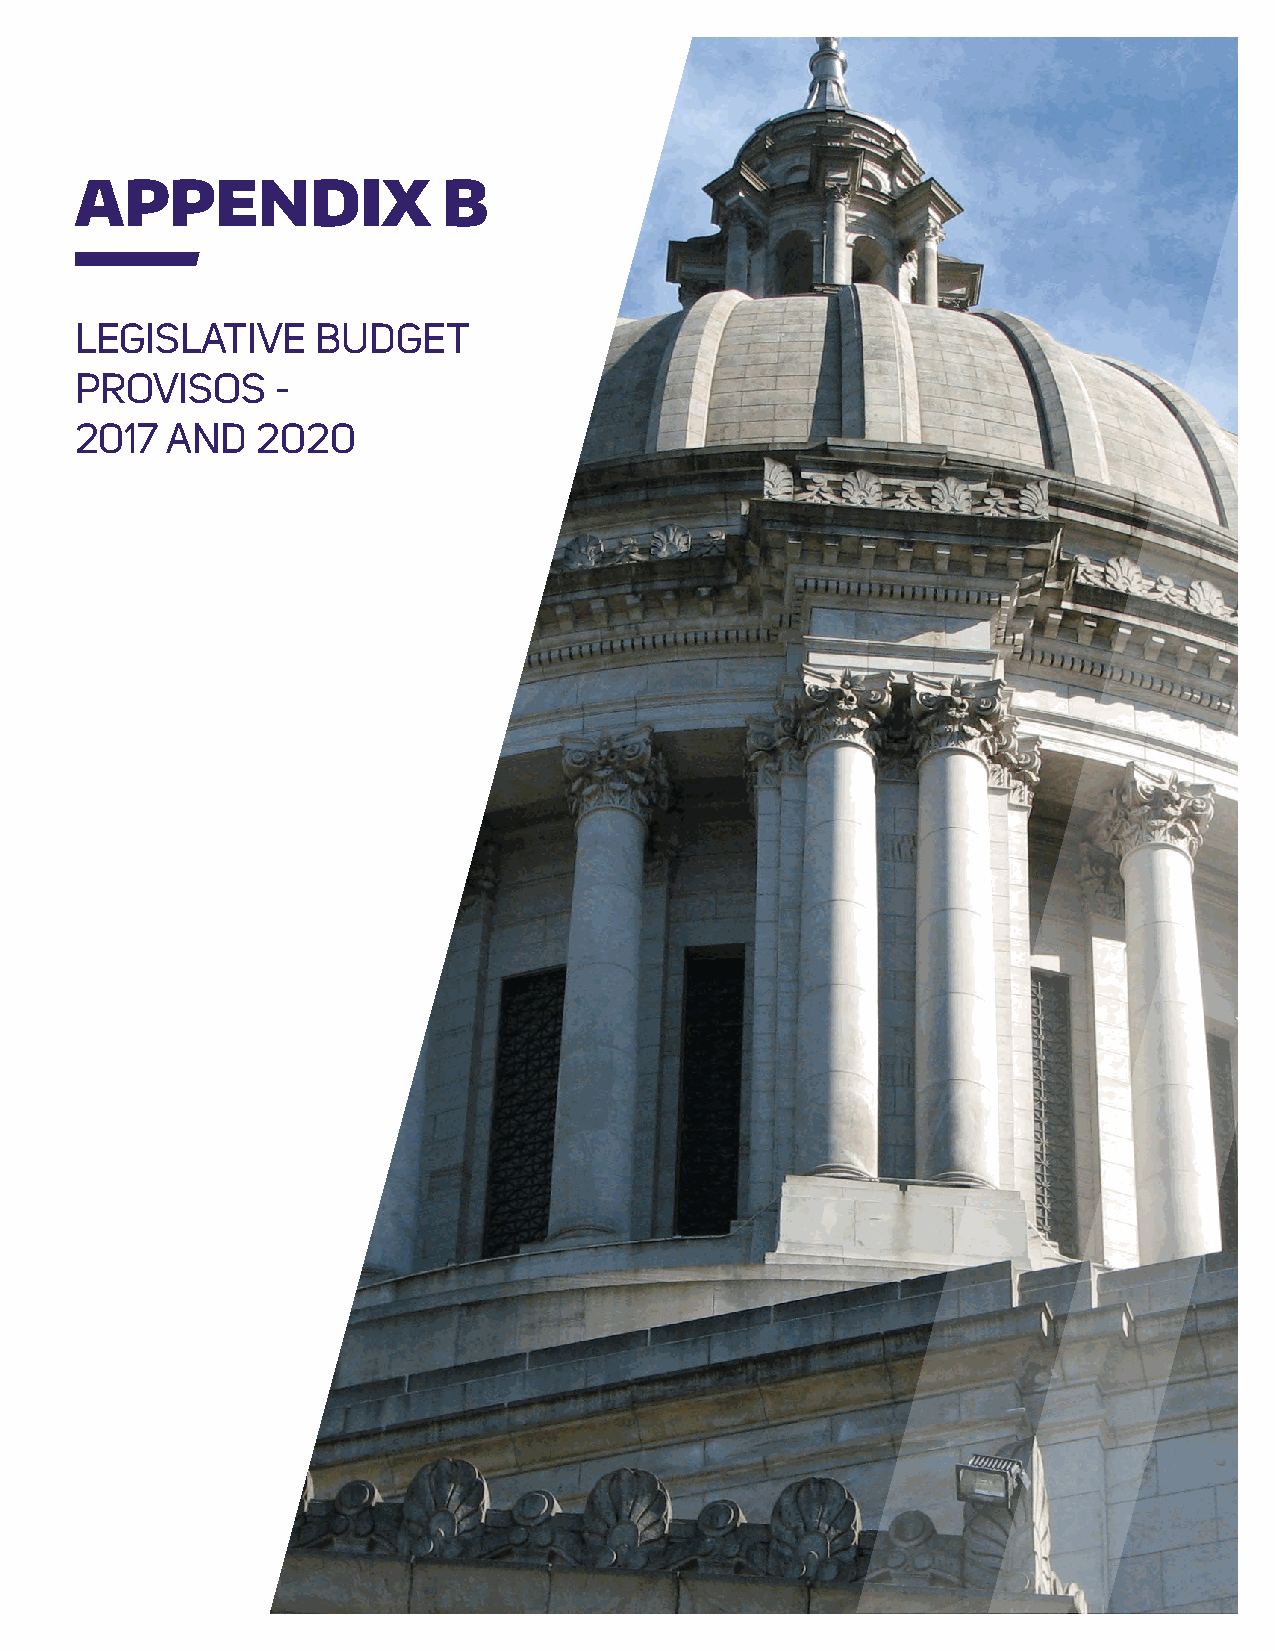
REPORT TITLE
 APPENDIX                B
 LEGISLATIVE     BUDGET
 PROVISOS     -
 2017  AND   2020
 55